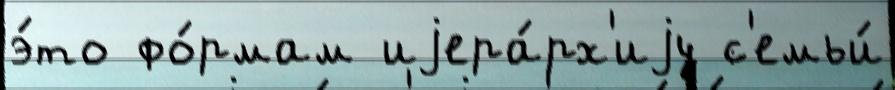
э́то фо́рмам иjера́рх'иjу с'емьи́